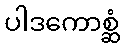
ပါဒကောစ္ဆံ